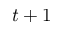
t + 1